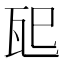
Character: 𪼶